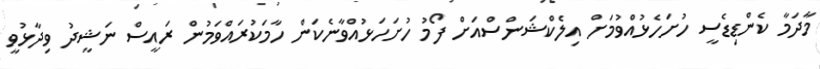
މާދަމާ ކެންޑިޑެސީ ހުށަހެޅުއްވުމަށް އިލެކްޝަންސްއަށް ފޯމު ހުށަހަޅުއްވާނެކަން ހާމަކުރައްވަމުން ރައީސް ނަޝީދު ވިދާޅުވީ